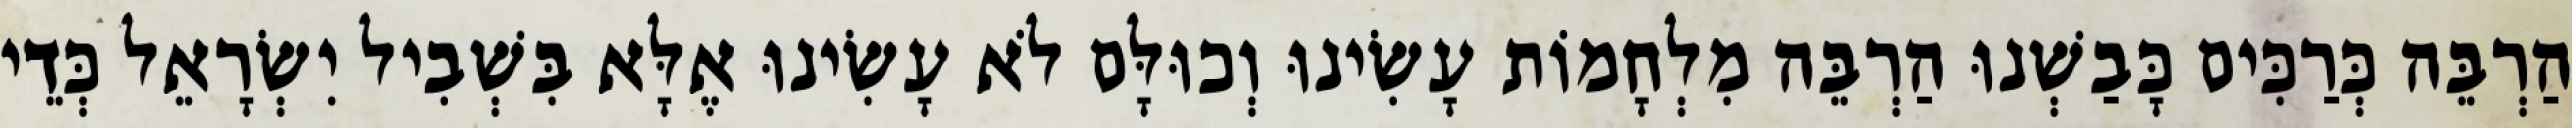
הַרְבֵּה כְּרַכִּים כָּבַשְׁנוּ הַרְבֵּה מִלְחָמוֹת עָשִׂינוּ וְכוּלָּם לֹא עָשִׂינוּ אֶלָּא בִּשְׁבִיל יִשְׂרָאֵל כְּדֵי